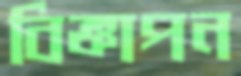
বিজ্ঞাপন